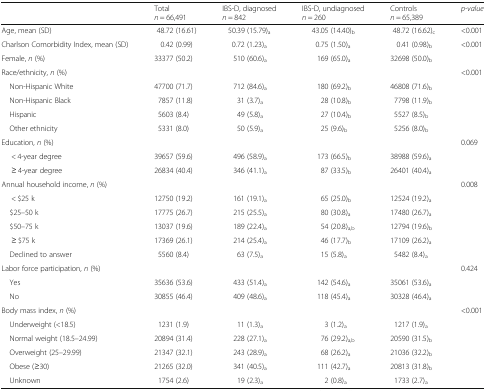
<table><thead><tr><td></td><td><b>Total <i>n</i> = 66,491</b></td><td><b>IBS-D, diagnosed <i>n</i> = 842</b></td><td><b>IBS-D, undiagnosed <i>n</i> = 260</b></td><td><b>Controls <i>n</i> = 65,389</b></td><td><b><i>p-value</i></b></td></tr></thead><tbody><tr><td>Age, mean (SD)</td><td>48.72 (16.61)</td><td>50.39 (15.79)<sub>a</sub></td><td>43.05 (14.40)<sub>b</sub></td><td>48.72 (16.62)<sub>c</sub></td><td>&lt;0.001</td></tr><tr><td>Charlson Comorbidity Index, mean (SD)</td><td>0.42 (0.99)</td><td>0.72 (1.23)<sub>a</sub></td><td>0.75 (1.50)<sub>a</sub></td><td>0.41 (0.98)<sub>b</sub></td><td>&lt;0.001</td></tr><tr><td>Female, <i>n</i> (%)</td><td>33377 (50.2)</td><td>510 (60.6)<sub>a</sub></td><td>169 (65.0)<sub>a</sub></td><td>32698 (50.0)<sub>b</sub></td><td></td></tr><tr><td>Race/ethnicity, <i>n</i> (%)</td><td></td><td></td><td></td><td></td><td>&lt;0.001</td></tr><tr><td> Non-Hispanic White</td><td>47700 (71.7)</td><td>712 (84.6)<sub>a</sub></td><td>180 (69.2)<sub>b</sub></td><td>46808 (71.6)<sub>b</sub></td><td></td></tr><tr><td> Non-Hispanic Black</td><td>7857 (11.8)</td><td>31 (3.7)<sub>a</sub></td><td>28 (10.8)<sub>b</sub></td><td>7798 (11.9)<sub>b</sub></td><td></td></tr><tr><td> Hispanic</td><td>5603 (8.4)</td><td>49 (5.8)<sub>a</sub></td><td>27 (10.4)<sub>b</sub></td><td>5527 (8.5)<sub>b</sub></td><td></td></tr><tr><td> Other ethnicity</td><td>5331 (8.0)</td><td>50 (5.9)<sub>a</sub></td><td>25 (9.6)<sub>b</sub></td><td>5256 (8.0)<sub>b</sub></td><td></td></tr><tr><td>Education, <i>n</i> (%)</td><td></td><td></td><td></td><td></td><td>0.069</td></tr><tr><td>&lt; 4-year degree</td><td>39657 (59.6)</td><td>496 (58.9)<sub>a</sub></td><td>173 (66.5)<sub>b</sub></td><td>38988 (59.6)<sub>a</sub></td><td></td></tr><tr><td>≥ 4-year degree</td><td>26834 (40.4)</td><td>346 (41.1)<sub>a</sub></td><td>87 (33.5)<sub>b</sub></td><td>26401 (40.4)<sub>a</sub></td><td></td></tr><tr><td>Annual household income, <i>n</i> (%)</td><td></td><td></td><td></td><td></td><td>0.008</td></tr><tr><td>&lt; $25 k</td><td>12750 (19.2)</td><td>161 (19.1)<sub>a</sub></td><td>65 (25.0)<sub>b</sub></td><td>12524 (19.2)<sub>a</sub></td><td></td></tr><tr><td> $25–50 k</td><td>17775 (26.7)</td><td>215 (25.5)<sub>a</sub></td><td>80 (30.8)<sub>a</sub></td><td>17480 (26.7)<sub>a</sub></td><td></td></tr><tr><td> $50–75 k</td><td>13037 (19.6)</td><td>189 (22.4)<sub>a</sub></td><td>54 (20.8)<sub>a,b</sub></td><td>12794 (19.6)<sub>b</sub></td><td></td></tr><tr><td>≥ $75 k</td><td>17369 (26.1)</td><td>214 (25.4)<sub>a</sub></td><td>46 (17.7)<sub>b</sub></td><td>17109 (26.2)<sub>a</sub></td><td></td></tr><tr><td> Declined to answer</td><td>5560 (8.4)</td><td>63 (7.5)<sub>a</sub></td><td>15 (5.8)<sub>a</sub></td><td>5482 (8.4)<sub>a</sub></td><td></td></tr><tr><td>Labor force participation, <i>n</i> (%)</td><td></td><td></td><td></td><td></td><td>0.424</td></tr><tr><td> Yes</td><td>35636 (53.6)</td><td>433 (51.4)<sub>a</sub></td><td>142 (54.6)<sub>a</sub></td><td>35061 (53.6)<sub>a</sub></td><td></td></tr><tr><td> No</td><td>30855 (46.4)</td><td>409 (48.6)<sub>a</sub></td><td>118 (45.4)<sub>a</sub></td><td>30328 (46.4)<sub>a</sub></td><td></td></tr><tr><td>Body mass index, <i>n</i> (%)</td><td></td><td></td><td></td><td></td><td>&lt;0.001</td></tr><tr><td> Underweight (&lt;18.5)</td><td>1231 (1.9)</td><td>11 (1.3)<sub>a</sub></td><td>3 (1.2)<sub>a</sub></td><td>1217 (1.9)<sub>a</sub></td><td></td></tr><tr><td> Normal weight (18.5–24.99)</td><td>20894 (31.4)</td><td>228 (27.1)<sub>a</sub></td><td>76 (29.2)<sub>a,b</sub></td><td>20590 (31.5)<sub>b</sub></td><td></td></tr><tr><td> Overweight (25–29.99)</td><td>21347 (32.1)</td><td>243 (28.9)<sub>a</sub></td><td>68 (26.2)<sub>a</sub></td><td>21036 (32.2)<sub>b</sub></td><td></td></tr><tr><td> Obese (≥30)</td><td>21265 (32.0)</td><td>341 (40.5)<sub>a</sub></td><td>111 (42.7)<sub>a</sub></td><td>20813 (31.8)<sub>b</sub></td><td></td></tr><tr><td> Unknown</td><td>1754 (2.6)</td><td>19 (2.3)<sub>a</sub></td><td>2 (0.8)<sub>a</sub></td><td>1733 (2.7)<sub>a</sub></td><td></td></tr></tbody></table>